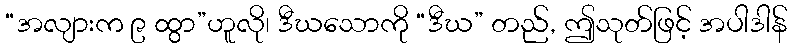
“အလျားက ၉ ထွာ”ဟူလို၊ ဒီဃသောကို “ဒီဃ” တည်, ဤသုတ်ဖြင့် အပါဒါန်